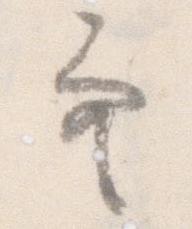
空